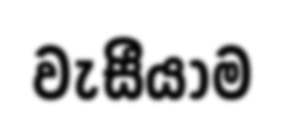
වැසීයාම